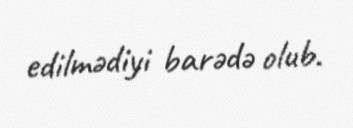
edilmədiyi barədə olub.